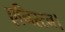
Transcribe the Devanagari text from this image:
एनिस्टन।